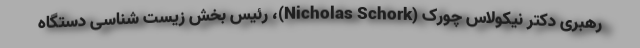
رهبری دکتر نیکولاس چورک (Nicholas Schork)، رئیس بخش زیست شناسی دستگاه